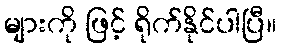
များကို ဖြင့် ရိုက်နိုင်ပါပြီ။